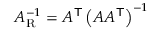
A _ { \mathrm { R } } ^ { - 1 } = A ^ { \mathsf { T } } \left( A A ^ { \mathsf { T } } \right) ^ { - 1 }